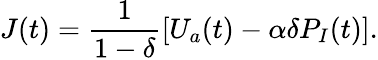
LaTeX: J(t)=\frac{1}{1-\delta}\left[U_{a}(t)-\alpha\delta P_{I}(t)\right].